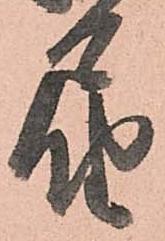
届